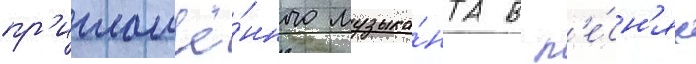
пр'иглашё́нного музыка́нта в п'е́сн'ях